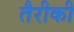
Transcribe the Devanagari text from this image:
तैरीकी